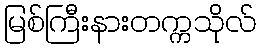
မြစ်ကြီးနားတက္ကသိုလ်